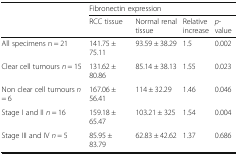
<table><thead><tr><td rowspan="2"></td><td colspan="4"><b>Fibronectin expression</b></td></tr><tr><td><b>RCC tissue</b></td><td><b>Normal renal tissue</b></td><td><b>Relative increase</b></td><td><b><i>p</i>-value</b></td></tr></thead><tbody><tr><td>All specimens n = 21</td><td>141.75 ± 75.11</td><td>93.59 ± 38.29</td><td>1.5</td><td>0.002</td></tr><tr><td>Clear cell tumours <i>n</i> = 15</td><td>131.62 ± 80.86</td><td>85.14 ± 38.13</td><td>1.55</td><td>0.023</td></tr><tr><td>Non clear cell tumours <i>n</i> = 6</td><td>167.06 ± 56.41</td><td>114 ± 32.29</td><td>1.46</td><td>0.046</td></tr><tr><td>Stage I and II <i>n</i> = 16</td><td>159.18 ± 65.47</td><td>103.21 ± 325</td><td>1.54</td><td>0.004</td></tr><tr><td>Stage III and IV <i>n</i> = 5</td><td>85.95 ± 83.79</td><td>62.83 ± 42.62</td><td>1.37</td><td>0.686</td></tr></tbody></table>